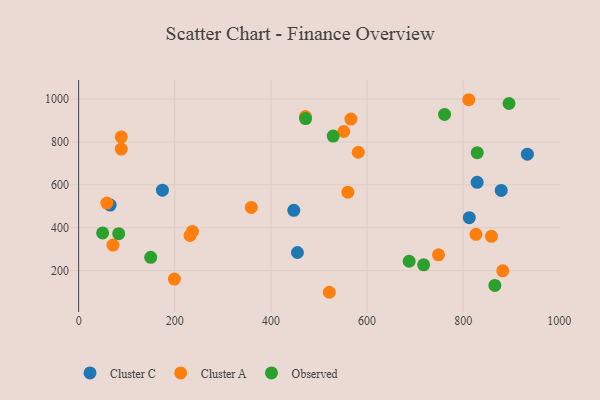
{"axis": {"x": "Ad Spend", "y": "Profit"}, "legend": ["Cluster A", "Cluster C", "Observed"], "data": [{"x": "65.6", "y": 505.7, "type": "Cluster C"}, {"x": "174.3", "y": 574.9, "type": "Cluster C"}, {"x": "933.5", "y": 743.1, "type": "Cluster C"}, {"x": "447.6", "y": 481.1, "type": "Cluster C"}, {"x": "829.0", "y": 611.7, "type": "Cluster C"}, {"x": "455.2", "y": 284.5, "type": "Cluster C"}, {"x": "879.1", "y": 574.0, "type": "Cluster C"}, {"x": "812.7", "y": 446.8, "type": "Cluster C"}, {"x": "581.7", "y": 751.8, "type": "Cluster A"}, {"x": "88.7", "y": 766.7, "type": "Cluster A"}, {"x": "811.5", "y": 996.7, "type": "Cluster A"}, {"x": "71.4", "y": 318.9, "type": "Cluster A"}, {"x": "521.5", "y": 99.1, "type": "Cluster A"}, {"x": "231.7", "y": 363.7, "type": "Cluster A"}, {"x": "88.7", "y": 823.2, "type": "Cluster A"}, {"x": "58.7", "y": 515.0, "type": "Cluster A"}, {"x": "882.3", "y": 199.2, "type": "Cluster A"}, {"x": "236.7", "y": 382.6, "type": "Cluster A"}, {"x": "858.7", "y": 360.0, "type": "Cluster A"}, {"x": "471.7", "y": 918.4, "type": "Cluster A"}, {"x": "560.1", "y": 565.6, "type": "Cluster A"}, {"x": "199.2", "y": 160.8, "type": "Cluster A"}, {"x": "748.6", "y": 273.8, "type": "Cluster A"}, {"x": "826.5", "y": 369.1, "type": "Cluster A"}, {"x": "359.1", "y": 494.5, "type": "Cluster A"}, {"x": "551.5", "y": 848.6, "type": "Cluster A"}, {"x": "566.4", "y": 906.6, "type": "Cluster A"}, {"x": "829.2", "y": 749.9, "type": "Observed"}, {"x": "472.1", "y": 908.6, "type": "Observed"}, {"x": "895.3", "y": 979.2, "type": "Observed"}, {"x": "865.8", "y": 131.1, "type": "Observed"}, {"x": "529.6", "y": 827.4, "type": "Observed"}, {"x": "687.6", "y": 243.7, "type": "Observed"}, {"x": "717.7", "y": 227.1, "type": "Observed"}, {"x": "83.3", "y": 372.1, "type": "Observed"}, {"x": "761.2", "y": 928.3, "type": "Observed"}, {"x": "49.9", "y": 375.9, "type": "Observed"}, {"x": "149.9", "y": 261.9, "type": "Observed"}]}